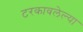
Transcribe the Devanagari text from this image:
टरकावलेल्या